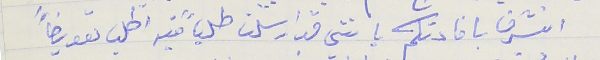
اتشرف بافادتكم بانني قد ارسلت طلباً فيه اطلب تعويضاً